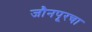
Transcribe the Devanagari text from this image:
जौनपूरचा